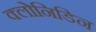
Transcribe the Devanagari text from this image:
क्लोनिडिन